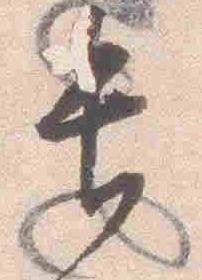
長